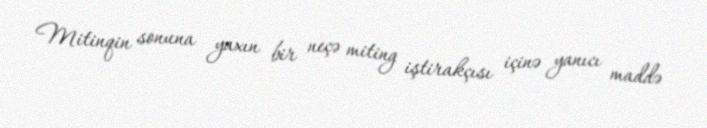
Mitinqin sonuna yaxın bir neçə miting iştirakçısı içinə yanıcı maddə